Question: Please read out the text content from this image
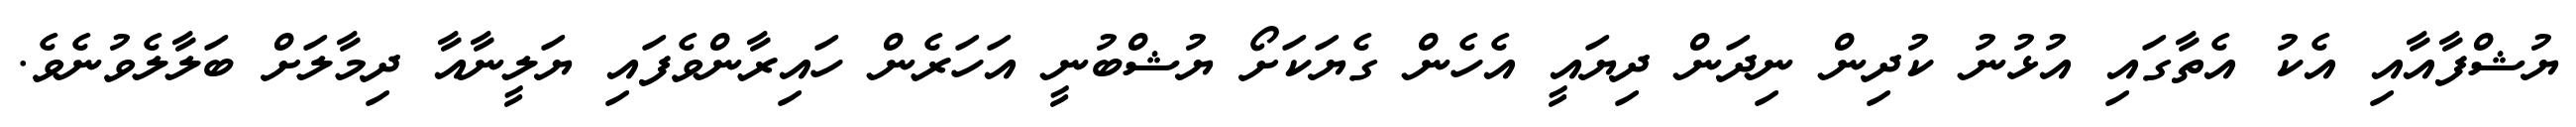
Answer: ޔުޝްފާއާއި އެކު އެތާގައި އުޅުނު ކުދިން ނިދަން ދިޔައީ އެހެން ގެޔަކަށޯ ޔުޝްބުނީ އަހަރެން ހައިރާންވެފައި ޔަލީނާއާ ދިމާލަށް ބަލާލެވުނެވެ.